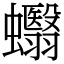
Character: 蠮